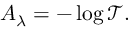
A _ { \lambda } = - \log { \mathcal { T } } .